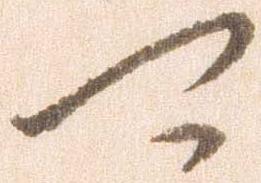
可